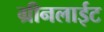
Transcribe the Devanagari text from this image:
ग्रीनलाईट